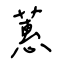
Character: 蕙